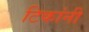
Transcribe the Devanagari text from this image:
टिकांनी